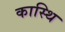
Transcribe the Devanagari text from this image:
कास्थि